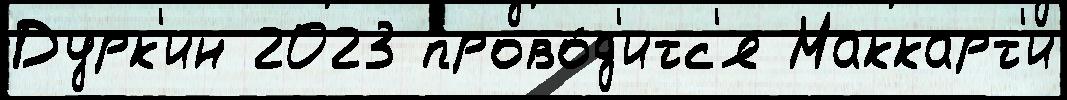
Дурк'ин 2023 прово́д'итс'я Маккарт'и